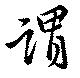
謂